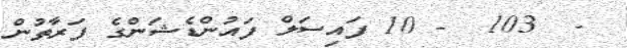
-  103  - 10 ފައިސަލް ފައުންޑެޝަންގެ ފަރާތުން